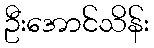
ဦးအောင်သိန်း